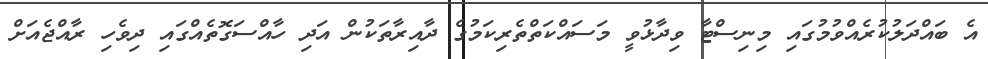
އެ ބައްދަލުކުރެއްވުމުގައި މިނިސްޓާ ވިދާޅުވީ މަސައްކަތްތެރިކަމުގެ ދާއިރާތަކުން އަދި ހާއްސަގޮތެއްގައި ދިވެހި ރާއްޖެއަށް